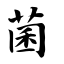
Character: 菌